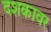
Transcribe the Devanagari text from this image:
दशकावर